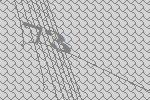
73